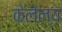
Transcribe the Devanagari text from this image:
केलेल्य